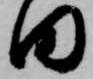
田